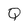
Character: Q